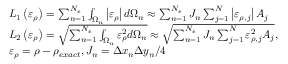
\begin{array} { r l } & { L _ { 1 } \left( \varepsilon _ { \rho } \right) = \sum _ { n = 1 } ^ { N _ { e } } \int _ { \Omega _ { n } } \left| \varepsilon _ { \rho } \right| d \Omega _ { n } \approx \sum _ { n = 1 } ^ { N _ { e } } J _ { n } \sum _ { j = 1 } ^ { N } \left| { \varepsilon } _ { \rho , j } \right| A _ { j } } \\ & { L _ { 2 } \left( \varepsilon _ { \rho } \right) = \sqrt { \sum _ { n = 1 } ^ { N _ { e } } \int _ { \Omega _ { n } } \varepsilon _ { \rho } ^ { 2 } d \Omega _ { n } } \approx \sqrt { \sum _ { n = 1 } ^ { N _ { e } } J _ { n } \sum _ { j = 1 } ^ { N } { \varepsilon } _ { \rho , j } ^ { 2 } A _ { j } } , } \\ & { \varepsilon _ { \rho } = \rho - \rho _ { e x a c t } , J _ { n } = \Delta x _ { n } \Delta y _ { n } / 4 } \end{array}